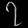
Digit: ၇